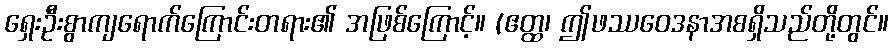
ရှေးဦးစွာကျရောက်ကြောင်းတရား၏ အဖြစ်ကြောင့်။ (ဧတ္ထ၊ ဤဖဿဝေဒနာအစရှိသည်တို့တွင်။